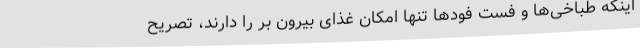
اینکه طباخی‌ها و فست فودها تنها امکان غذای بیرون بر را دارند، تصریح